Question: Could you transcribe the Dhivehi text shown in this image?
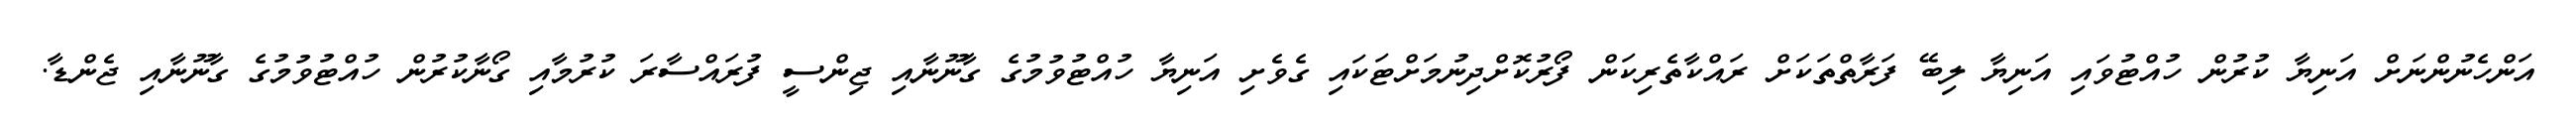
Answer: އަންހެނުންނަށް އަނިޔާ ކުރުން ހުއްޓުވައި އަނިޔާ ލިބޭ ފަރާތްތަކަށް ރައްކާތެރިކަން ފޯރުކޮށްދިނުމަށްޓަކައި ގެވެށި އަނިޔާ ހުއްޓުވުމުގެ ގާނޫނާއި ޖިންސީ ފުރައްސާރަ ކުރުމާއި ގޯނާކުރުން ހުއްޓުވުމުގެ ގާނޫނާއި ޖެންޑާ.